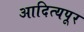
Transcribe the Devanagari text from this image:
आदित्यपूर